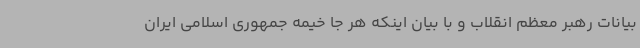
بیانات رهبر معظم انقلاب و با بیان اینکه هر جا خیمه جمهوری اسلامی ایران